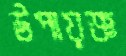
উপায়জ্ঞ